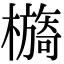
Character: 檹